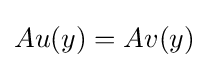
Au(y)=Av(y)